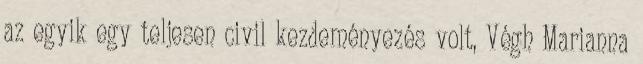
az egyik egy teljesen civil kezdeményezés volt, Végh Marianna